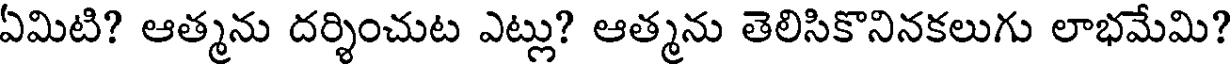
ఏమిటి? ఆత్మను దర్శించుట ఎట్లు? ఆత్మను తెలిసికొనినకలుగు లాభమేమి?